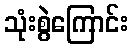
သုံးစွဲကြောင်း